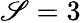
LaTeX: \mathscr{S}=3